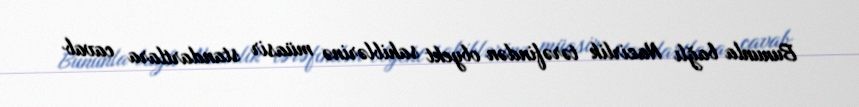
Bununla bağlı Nazirlik tərəfindən obyekt sahiblərinə müasir standartlara cavab